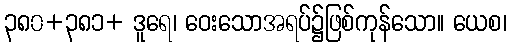
၃၈၀+၃၈၁+ ဒူရေ၊ ဝေးသောအရပ်၌ဖြစ်ကုန်သော။ ယေစ၊